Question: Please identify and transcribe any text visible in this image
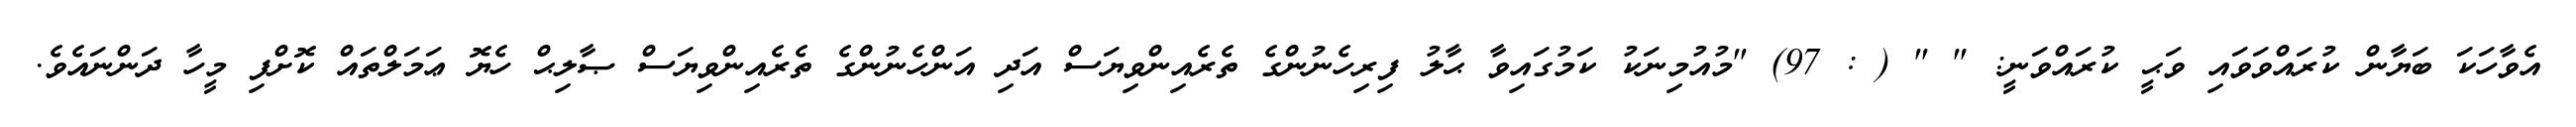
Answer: އެވާހަކަ ބަޔާން ކުރައްވަވައި ވަޙީ ކުރައްވަނީ: " " ( : 97) "މުއުމިނަކު ކަމުގައިވާ ޙާލު ފިރިހެނުންގެ ތެރެއިންވިޔަސް އަދި އަންހެނުންގެ ތެރެއިންވިޔަސް ޞާލިޙް ހެޔޮ ޢަމަލްތައް ކޮށްފި މީހާ ދަންނައެވެ.